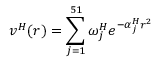
v ^ { H } ( r ) = \sum _ { j = 1 } ^ { 5 1 } \omega _ { j } ^ { H } e ^ { - \alpha _ { j } ^ { H } r ^ { 2 } }